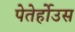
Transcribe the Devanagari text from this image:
पेतेर्होउस